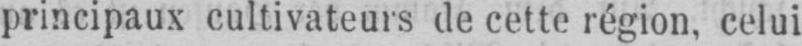
principaux cultivateurs de cette région, celui